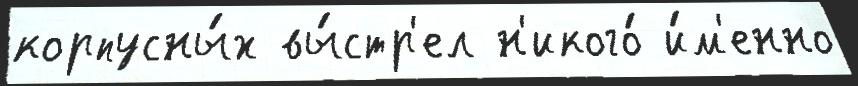
корпусны́х вы́стр'ел н'икого́ и́м'енно